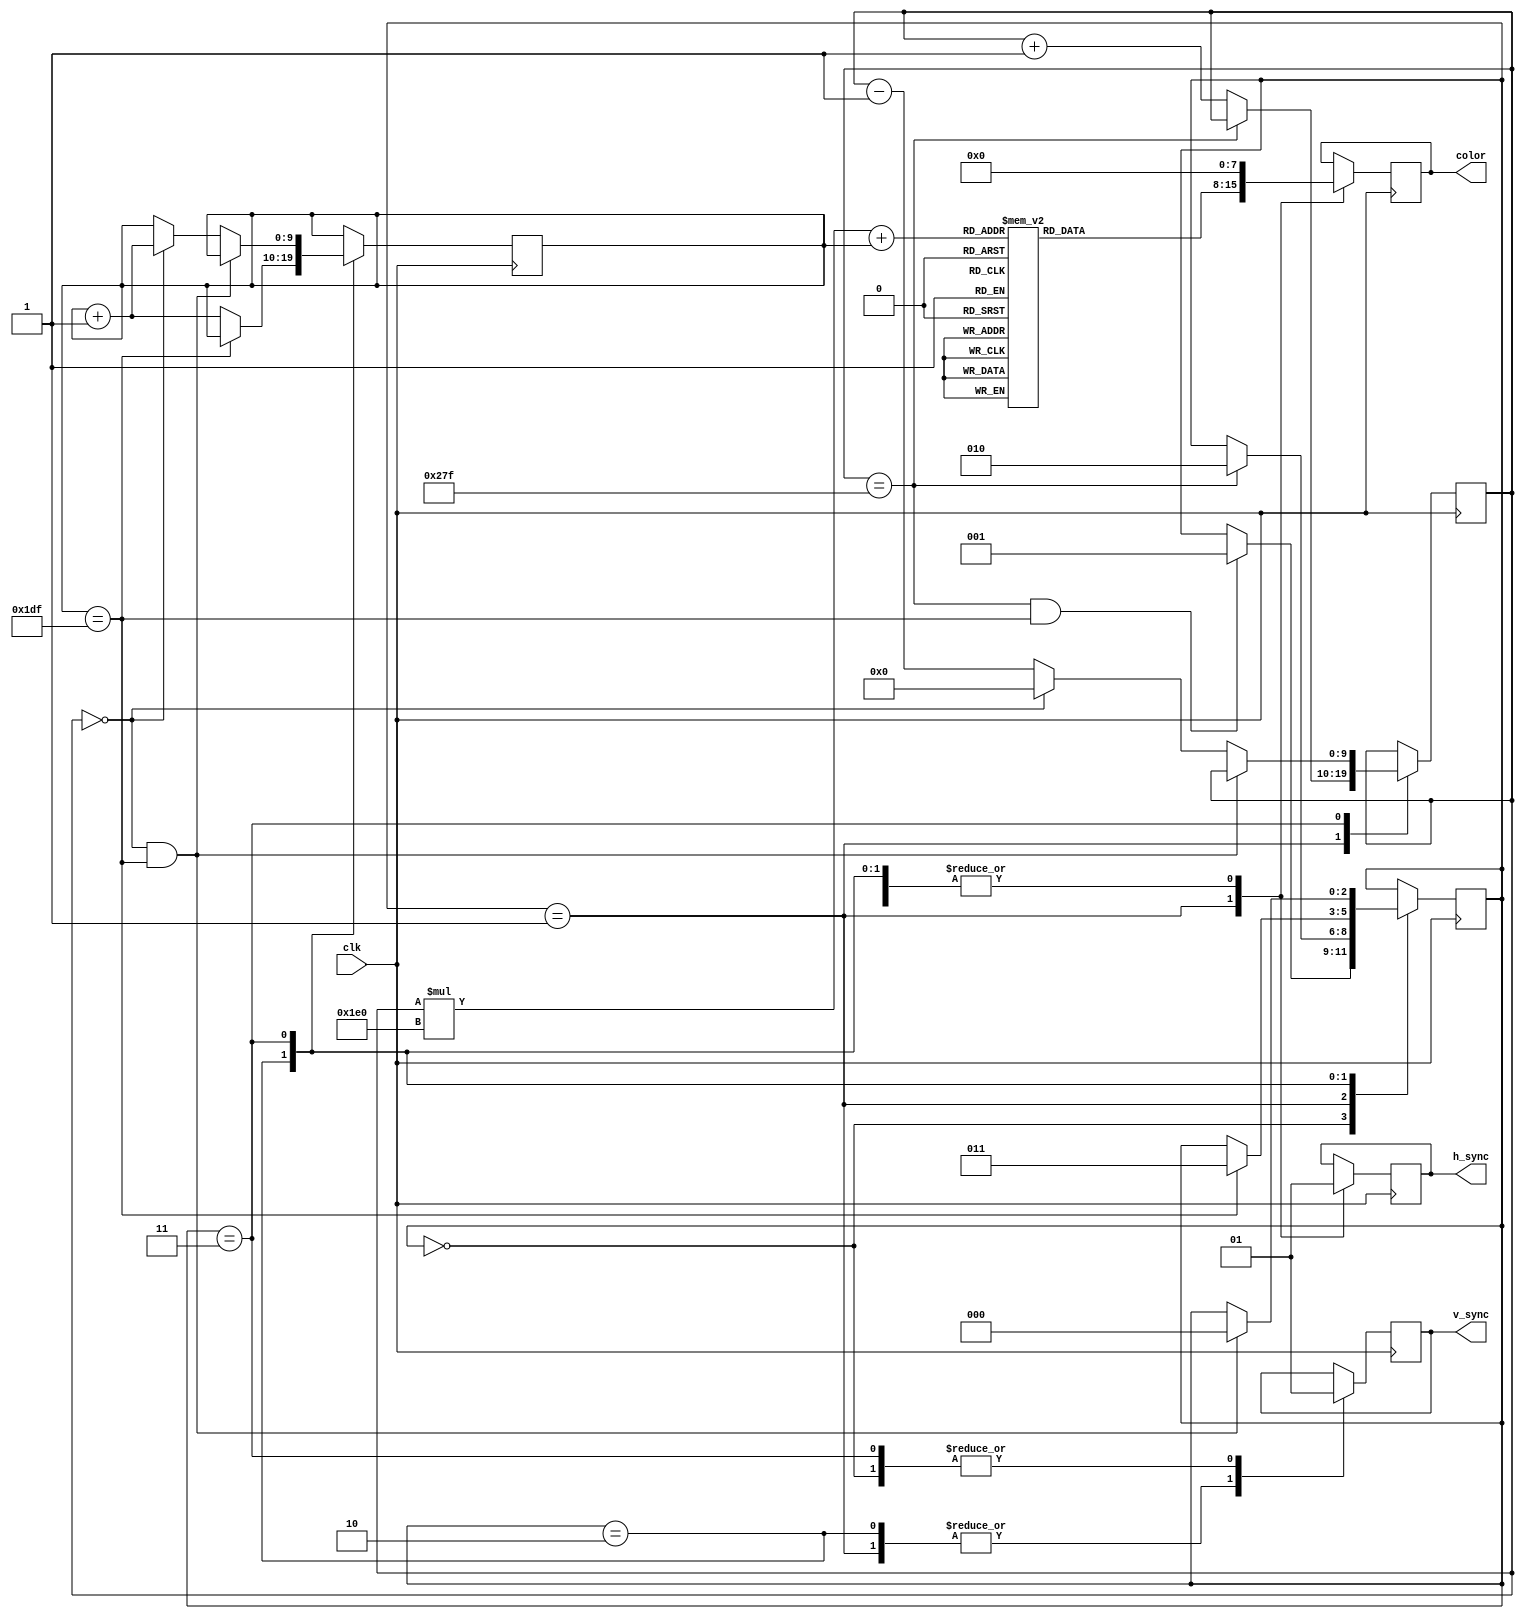
module VGA_controller(
    input clk,
    output reg h_sync,
    output reg v_sync,
    output reg [7:0] color
);

// Horizontal and Vertical counters
reg [9:0] h_counter;
reg [9:0] v_counter;

// Memory block for storing pixel color data
reg [7:0] mem_color[639:0][479:0];

// State machine
reg [2:0] state;
parameter IDLE = 3'b000;
parameter ACTIVE = 3'b001;
parameter SYNC = 3'b010;
parameter BLANK = 3'b011;

always @(posedge clk) begin
    case(state)
        IDLE:
            begin
                h_sync <= 1;
                v_sync <= 1;
                color <= 8'h00;
                if(h_counter == 639 && v_counter == 479)
                    state <= ACTIVE;
            end
        ACTIVE:
            begin
                h_sync <= 0;
                v_sync <= 0;
                color <= mem_color[h_counter][v_counter];
                if(h_counter == 639)
                    state <= SYNC;
                else
                    h_counter <= h_counter + 1;
            end
        SYNC:
            begin
                h_sync <= 1;
                v_sync <= 0;
                color <= 8'h00;
                if(v_counter == 479)
                    state <= BLANK;
                else
                    v_counter <= v_counter + 1;
            end
        BLANK:
            begin
                h_sync <= 1;
                v_sync <= 1;
                color <= 8'h00;
                if(h_counter == 0 && v_counter == 479)
                    state <= IDLE;
                else if(h_counter == 0)
                    begin
                        h_counter <= 0;
                        v_counter <= v_counter + 1;
                    end
                else
                    h_counter <= h_counter - 1;
            end
    endcase
end

endmodule